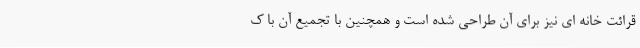
قرائت خانه ای نیز برای آن طراحی شده است و همچنین با تجمیع آن با ک